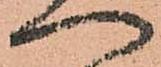
へ